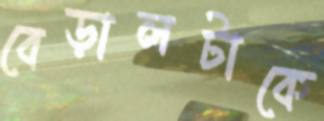
বেড়ালটাকে